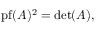
\operatorname { p f } ( A ) ^ { 2 } = \operatorname* { d e t } ( A ) ,